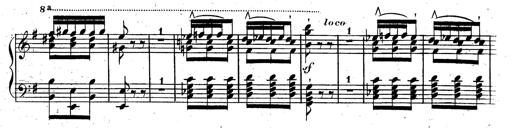
Title: Rondeau fantastique sur un thÃ¨me espagnol
Composer: Franz Liszt